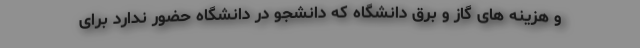
و هزینه های گاز و برق دانشگاه که دانشجو در دانشگاه حضور ندارد برای